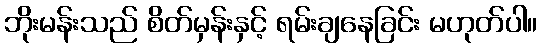
ဘိုးမန်းသည် စိတ်မှန်းနှင့် ရမ်းချနေခြင်း မဟုတ်ပါ။